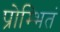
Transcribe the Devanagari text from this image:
प्रोम्भितं